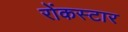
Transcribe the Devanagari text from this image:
रोंकस्टार